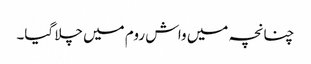
چنانچہ میں واش روم میں چلا گیا۔